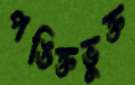
পঙিক্তভুক্ত